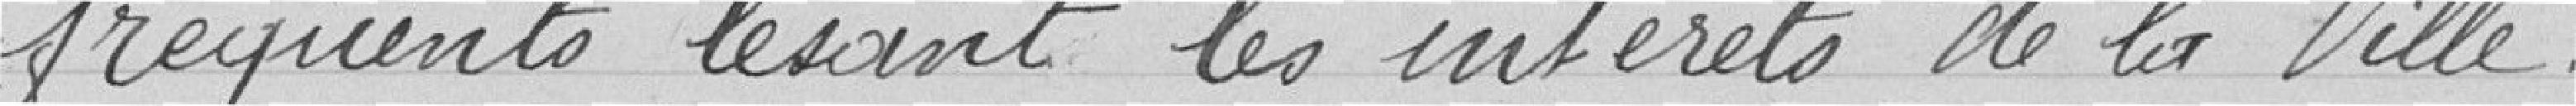
fréquents lésant les intérêts de la Ville.